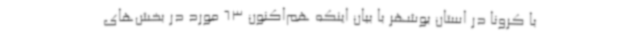
با کرونا در استان بوشهر با بیان اینکه هم‌اکنون 63 مورد در بخش‌های